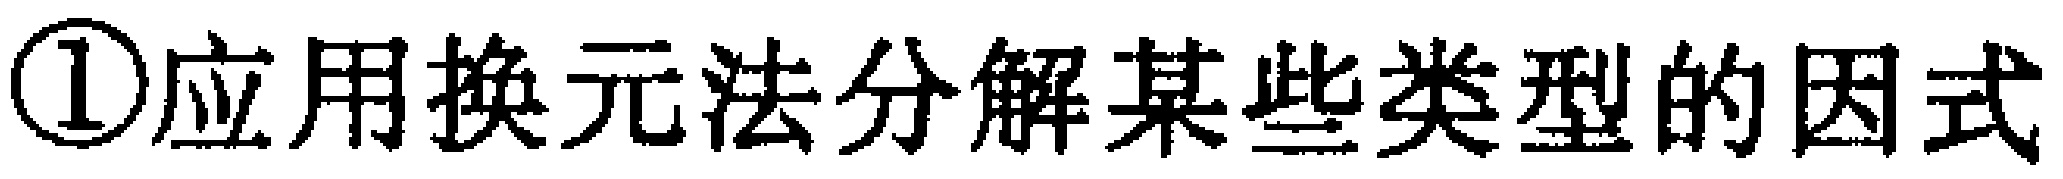
\textcircled{1}应用换元法分解某些类型的因式